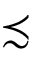
\precsim